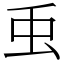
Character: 䖝